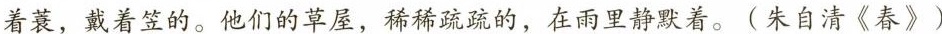
着蓑，戴着笠的。他们的草屋，稀稀疏疏的，在雨里静默着。〔朱自清《春》)